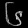
Digit: ၆